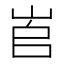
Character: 𡶫